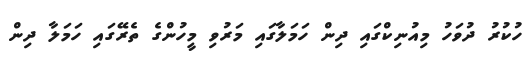
ހުކުރު ދުވަހު މިއުނިކްގައި ދިން ހަމަލާގައި މަރުވި މީހުންގެ ތެރޭގައި ހަމަލާ ދިން